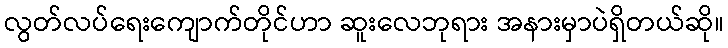
လွတ်လပ်ရေးကျောက်တိုင်ဟာ ဆူးလေဘုရား အနားမှာပဲရှိတယ်ဆို။